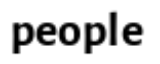
people